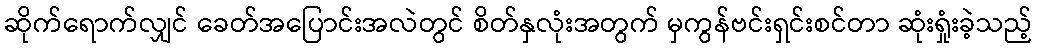
ဆိုက်ရောက်လျှင် ခေတ်အပြောင်းအလဲတွင် စိတ်နှလုံးအတွက် မှကွန်ဗင်းရှင်းစင်တာ ဆုံးရှုံးခဲ့သည့်